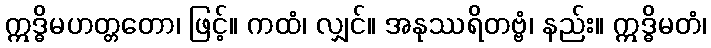
ဣဒ္ဓိမဟတ္တတော၊ ဖြင့်။ ကထံ၊ လျှင်။ အနုဿရိတဗ္ဗံ၊ နည်း။ ဣဒ္ဓိမတံ၊